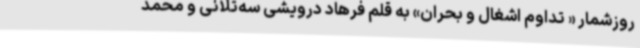
روزشمار « تداوم اشغال و بحران» به قلم فرهاد درویشی ‌سه‌تلانی و محمد